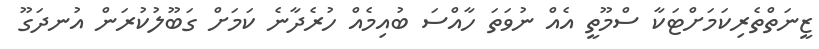
ޒީނަތްތެރިކަމަށްޓަކާ ސްމޫތީ އެއް ނުވަތަ ހާއްސަ ބުއިމެއް ހުރެދާނެ ކަމަށް ގަބޫލުކުރަން އުނދަގޫ